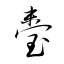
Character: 臺